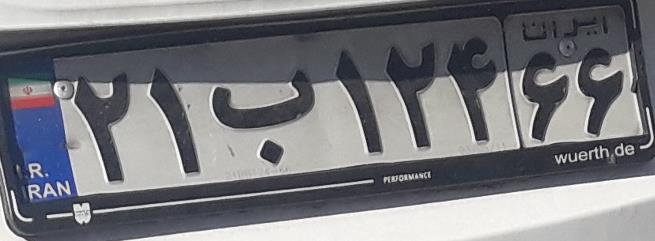
۲۱ب۱۲۴۶۶